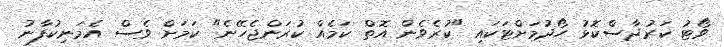
ވޯޓު ކަރުދާސްކޮޅު ހޯދުމަށްޓަކައި "ކުރެވެން އޮތް ކަމެއް ކުރަންޖެހޭނެ" ކަމަށް ވެސް އެމަނިކުފާނު